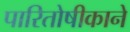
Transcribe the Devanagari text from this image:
पारितोषीकाने